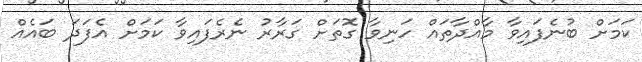
ކަމަށް ބުނެފައިވާ މާއްދާތައް ހަނިވާ ގޮތަށް ގަރާރު ނެރެފައިވާ ކަމަށް އެފަދަ ބައެއް